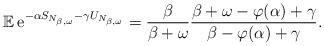
LaTeX: \begin{align*}{\mathbb E}\,{\rm e}^{-\alpha S_{N_{\beta,\omega}}-\gamma U_{N_{\beta,\omega}}} =\frac{\beta}{\beta+\omega} \frac{\beta+\omega-\varphi(\alpha)+\gamma}{\beta-\varphi(\alpha)+\gamma}.\end{align*}